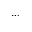
\ldots